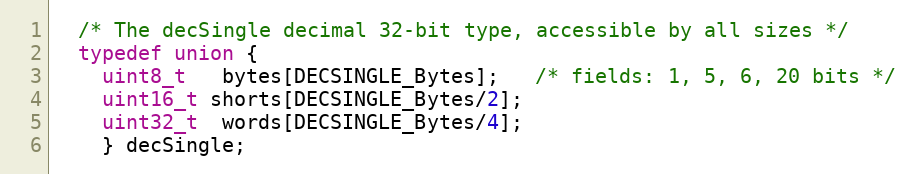
Language: C
  /* The decSingle decimal 32-bit type, accessible by all sizes */
  typedef union {
    uint8_t   bytes[DECSINGLE_Bytes];   /* fields: 1, 5, 6, 20 bits */
    uint16_t shorts[DECSINGLE_Bytes/2];
    uint32_t  words[DECSINGLE_Bytes/4];
    } decSingle;